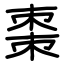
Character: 棗